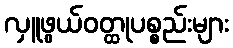
လှူဖွယ်ဝတ္ထုပစ္စည်းများ